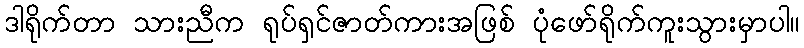
ဒါရိုက်တာ သားညီက ရုပ်ရှင်ဇာတ်ကားအဖြစ် ပုံဖော်ရိုက်ကူးသွားမှာပါ။